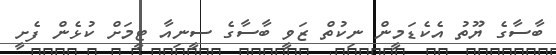
ބާސާގެ ޔޫތު އެކެޑަމީން ނިކުތް ޒަވީ ބާސާގެ ސީނިއާ ޓީމަަށް ކުޅެން ފެށީ